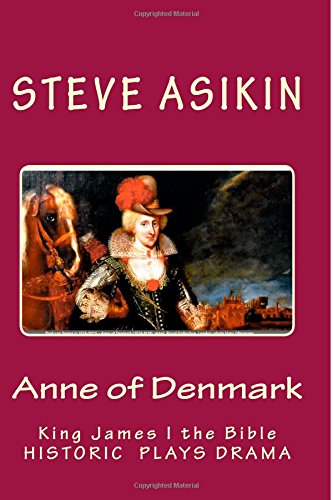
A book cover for Anne of Denmark: King James I the Bible: Drama; Steve Asikin; Biographies & Memoirs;